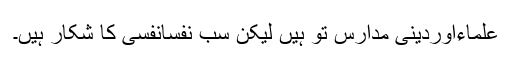
علماءاوردینی مدارس تو ہیں لیکن سب نفسانفسی کا شکار ہیں۔